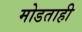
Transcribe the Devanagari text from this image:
मोडताही